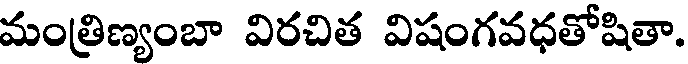
మంత్రిణ్యంబా విరచిత విషంగవధతోషితా.